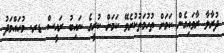
ދުރާލާ ރާވައިގެން ކަމަށް ތުހުމަތުކުރެވޭ ކަމަށް ކުރީގެ ނައިބު ރައީސް ޑރ. މުހައްމަދު